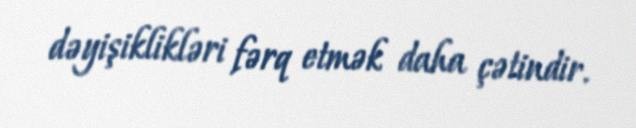
dəyişiklikləri fərq etmək daha çətindir.